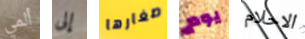
ألمي إلى صغارها يوم الاحلام